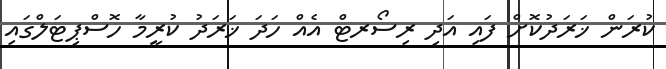
ކުރަން ޚަރަދުކޮށް ފައި އަދި ރިސޯރޓް އެެއް ހަދަ ޚަރަދު ކުރީމާ ހޮސްޕިޓަލްގައި